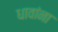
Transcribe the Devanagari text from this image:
धावांना